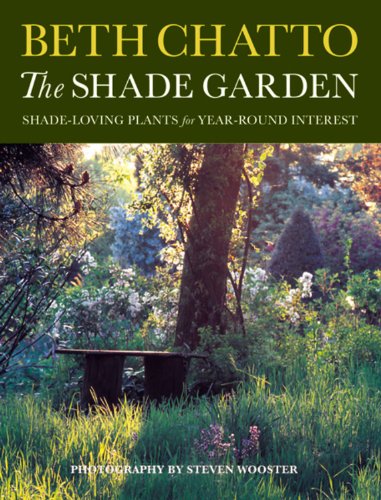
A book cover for The Shade Garden: Shade-Loving Plants for Year-Round Interest; Beth Chatto; Crafts, Hobbies & Home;